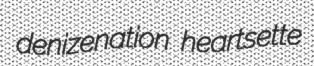
denizenation heartsette